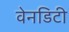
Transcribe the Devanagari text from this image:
वेनडिटी